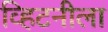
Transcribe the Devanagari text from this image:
व्हिटनीला